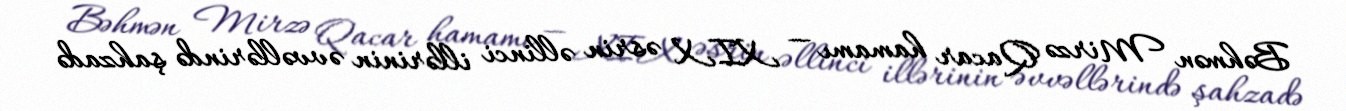
Bəhmən Mirzə Qacar hamamı — XIX əsrin əllinci illərinin əvvəllərində şahzadə